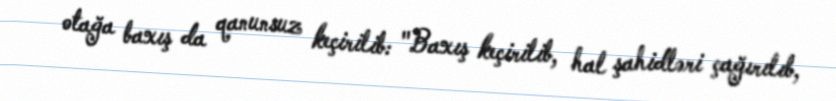
otağa baxış da qanunsuz keçirilib: "Baxış keçirilib, hal şahidləri çağırılıb,